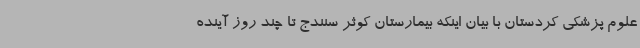
علوم پزشکی کردستان با بیان اینکه بیمارستان کوثر سنندج تا چند روز آینده